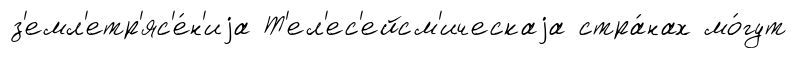
з'емл'етр'яс'е́н'иjа Т'ел'ес'ейсм'ическаjа стра́нах мо́гут